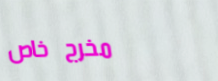
مخرج خاص